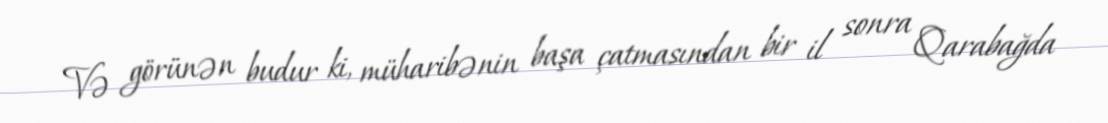
Və görünən budur ki, müharibənin başa çatmasından bir il sonra Qarabağda